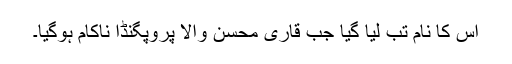
اس کا نام تب لیا گیا جب قاری محسن والا پروپگنڈا ناکام ہوگیا۔